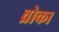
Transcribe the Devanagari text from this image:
व्रोका